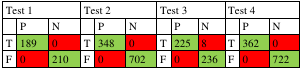
| <COLSPAN=3> Test 1 | <COLSPAN=3> Test 2 | <COLSPAN=3> Test 3 | <COLSPAN=3> Test 4 |
 | --- | --- | --- | --- | --- | --- | --- | --- | --- | --- | --- | --- |
 |  | P | N |  | P | N |  | P | N |  | P | N |
 | T | 189 | 0 | T | 348 | 0 | T | 225 | 8 | T | 362 | 0 |
 | F | 0 | 210 | F | 0 | 702 | F | 0 | 236 | F | 0 | 722 |